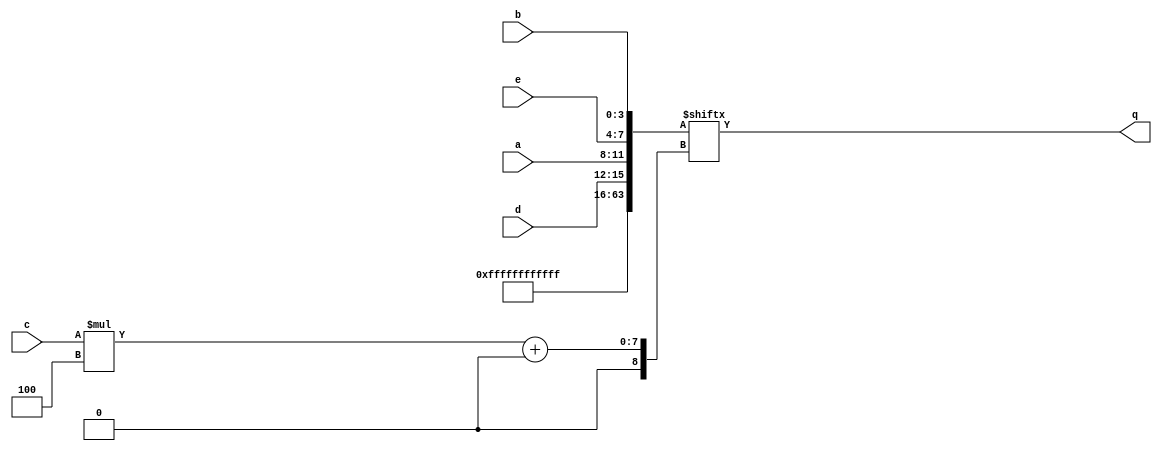
module top_module (
    input [3:0] a,
    input [3:0] b,
    input [3:0] c,
    input [3:0] d,
    input [3:0] e,
    output [3:0] q );

    wire [63:0] w = {48'hffffffffffff,d,a,e,b};
    assign q = w[c*4 +: 4];

endmodule